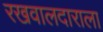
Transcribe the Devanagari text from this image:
रखवालदाराला